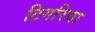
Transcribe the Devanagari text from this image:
टिगरिया